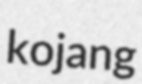
kojang